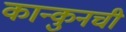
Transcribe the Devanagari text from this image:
कान्कुनची